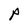
Character: P